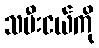
သမီးငယ်ကို